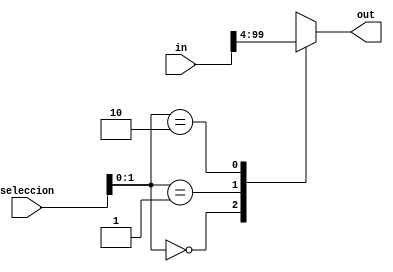
`timescale 1ns / 1ps
//////////////////////////////////////////////////////////////////////////////////
// Company: 
// Engineer: 
// 
// Design Name: 
// Module Name:    MultSelection 
// Project Name: 
// Target Devices: 
// Tool versions: 
// Description: Selects an element from a vector
//
// Dependencies: ControlInnerProduct.v     
//
// Revision: 
// Revision 0.01 - File Created
// Additional Comments: 
//
//////////////////////////////////////////////////////////////////////////////////


module ElementSelecion #(parameter N=100, parameter nBits=32)(
	input [0:N-1] in,
	input [31:0] seleccion,
	output [0:nBits-1] out);
	
	genvar i;
	wire [0:nBits-1]A[N/nBits-1:0];
	
	generate
		for (i=0;i<N/nBits;i=i+1) begin: loop1
			assign A[i]=in[i*nBits+:nBits];
		end
	endgenerate
		
	
	assign out = A[seleccion];


endmodule